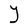
Character: Y